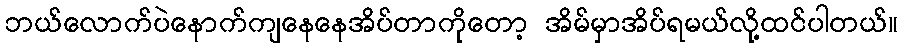
ဘယ်လောက်ပဲနောက်ကျနေနေအိပ်တာကိုတော့ အိမ်မှာအိပ်ရမယ်လို့ထင်ပါတယ်။